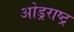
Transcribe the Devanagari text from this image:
ओड्रराष्ट्र